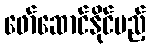
ဖော်ဆောင်နိုင်မည့်